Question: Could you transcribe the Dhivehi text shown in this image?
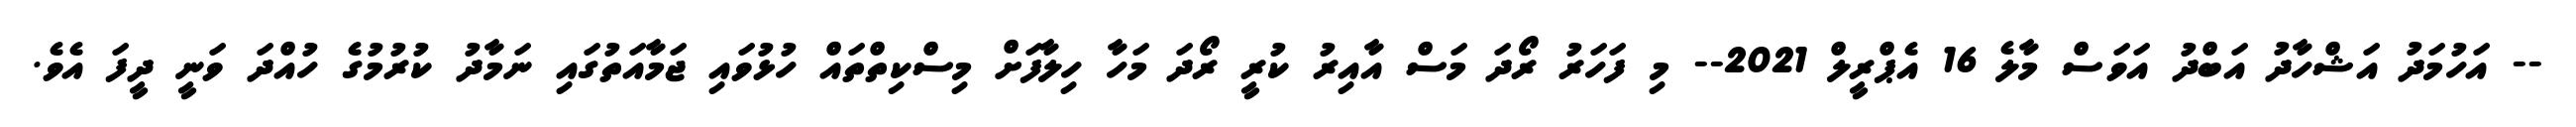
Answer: -- އަހުމަދު އަޝްހާދު އަބްދު އަވަސް މާލެ 16 އެޕްރީލް 2021-- މި ފަހަރު ރޯދަ މަސް އާއިރު ކުރީ ރޯދަ މަހާ ހިލާފަށް މިސްކިތްތައް ހުޅުވައި ޖަމާއަތުގައި ނަމާދު ކުރުމުގެ ހުއްދަ ވަނީ ދީފަ އެވެ.